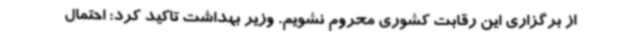
از برگزاری این رقابت کشوری محروم نشویم. وزیر بهداشت تاکید کرد: احتمال